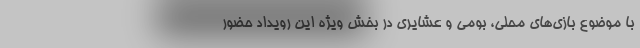
با موضوع بازی‌های محلی، بومی و عشایری در بخش ویژه این رویداد حضور